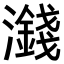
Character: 𪷻